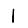
Digit: 1